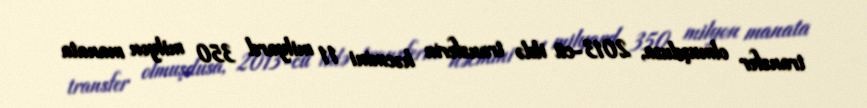
transfer olmuşdusa, 2013-cü ildə transferin həcmini 11 milyard 350 milyon manata